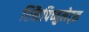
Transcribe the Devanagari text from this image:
रिकैपिच्युलेट्स